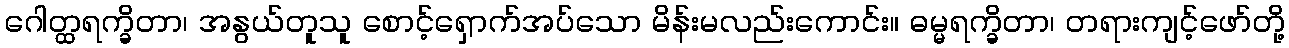
ဂေါတ္ထရက္ခိတာ၊ အနွယ်တူသူ စောင့်ရှောက်အပ်သော မိန်းမလည်းကောင်း။ ဓမ္မရက္ခိတာ၊ တရားကျင့်ဖော်တို့